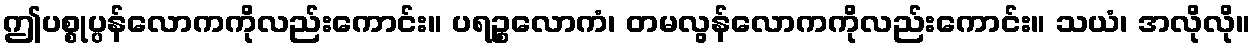
ဤပစ္စုပ္ပန်လောကကိုလည်းကောင်း။ ပရဉ္စလောကံ၊ တမလွန်လောကကိုလည်းကောင်း။ သယံ၊ အလိုလို။